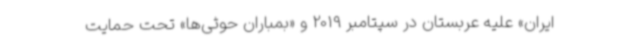
ایران» علیه عربستان در سپتامبر 2019 و «بمباران حوثی‌ها» تحت حمایت